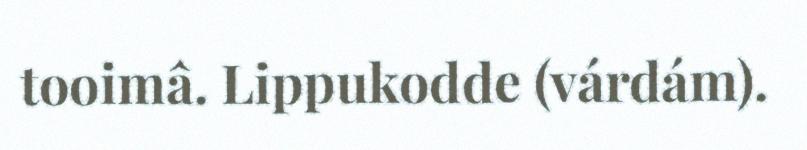
tooimâ. Lippukodde (várdám).